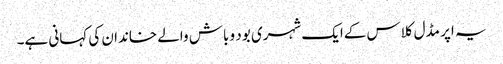
یہ اپر مڈل کلاس کےایک شہری بود و باش والے خاندان کی کہانی ہے۔